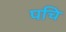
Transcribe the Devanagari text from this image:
पचि